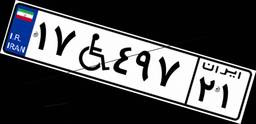
۱۷W۴۹۷۲۱